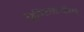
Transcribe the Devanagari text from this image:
डिजिटलायझेशने